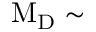
\mathrm { { M _ { D } } \sim }